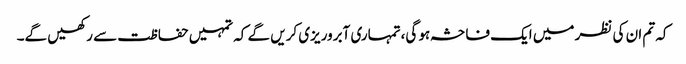
کہ تم ان کی نظر میں ایک فاحشہ ہو گی،تمہاری آبروریزی کریں گے کہ تمہیں حفاظت سے رکھیں گے۔